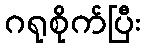
ဂရုစိုက်ပြီး